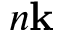
n \mathbf k